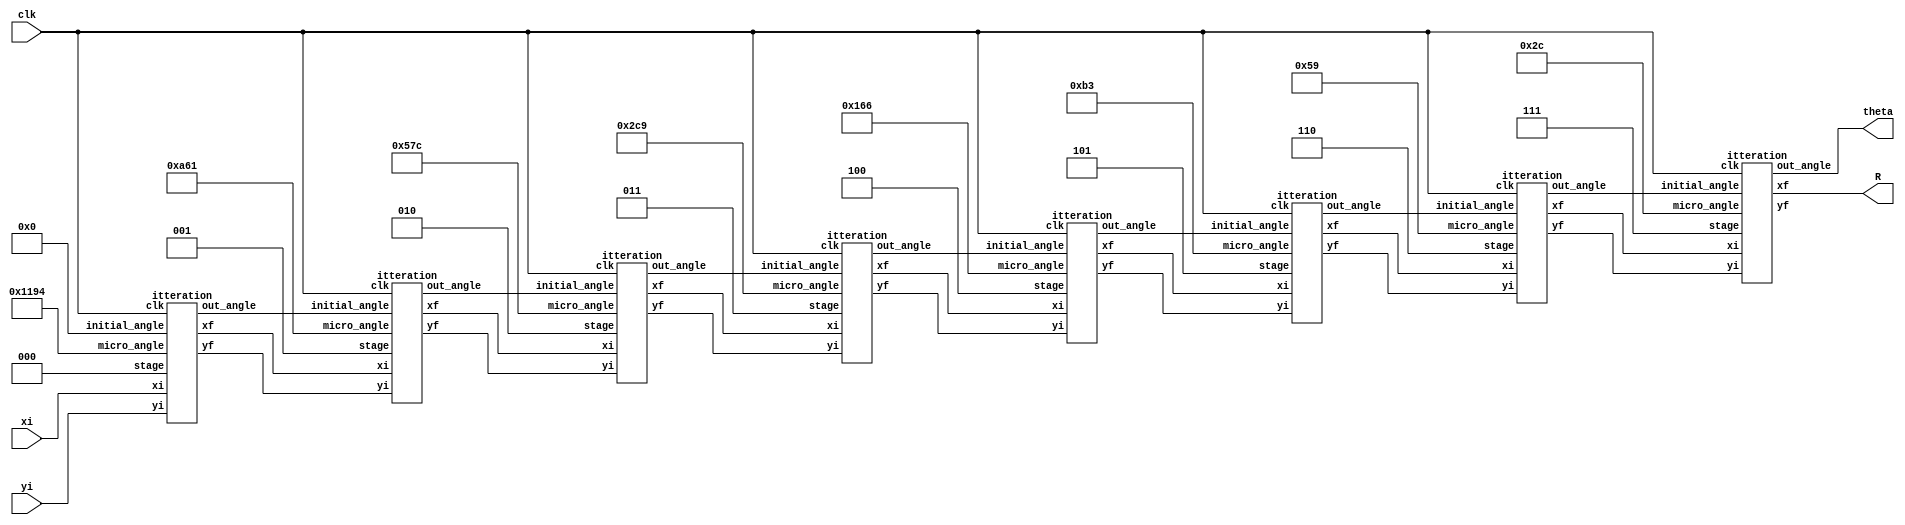

module VECTORING(clk,xi,yi,theta,R);
 input clk;
 input [15:0]xi,yi;
 output [15:0] R,theta;  
 reg[2:0]stage;
 wire [15:0]x1,x2,x3,x4,x5,x6,x7,x8,y1,y2,y3,y4,y5,y6,y7,y8;
 wire [15:0]outangle0,outangle1,outangle2,outangle3,outangle4,outangle5,outangle6,outangle7;
 //stage 0
   itteration i0(clk,3'd0,xi,yi,16'd0,16'd45_00,x1,y1,outangle0);
 //stage 1
   itteration i1(clk,3'd1,x1,y1,outangle0,16'd26_57,x2,y2,outangle1); 
 //stage 2
   itteration i2(clk,3'd2,x2,y2,outangle1,16'd14_04,x3,y3,outangle2);
 //stage 3
   itteration i3(clk,3'd3,x3,y3,outangle2,16'd7_13,x4,y4,outangle3);
 //stage 4
   itteration i4(clk,3'd4,x4,y4,outangle3,16'd3_58,x5,y5,outangle4); 
 //stage 5
   itteration i5(clk,3'd5,x5,y5,outangle4,16'd1_79,x6,y6,outangle5); 
 //stage 6
   itteration i6(clk,3'd6,x6,y6,outangle5,16'd89,x7,y7,outangle6);
 //stage 7
   itteration i7(clk,3'd7,x7,y7,outangle6,16'd44,x8,y8,outangle7); 
   
    assign R = x8;
    assign theta = outangle7;
  // assign xf = (x8>>>1)+(x8>>>4)+(x8>>>5);
   //assign yf = (y8>>>1)+(y8>>>4)+(y8>>>5);    
 endmodule
  
module itteration(clk,stage,xi,yi,initial_angle,micro_angle,xf,yf,out_angle);
 input clk;
 input [2:0] stage;
  input [15:0]xi,yi,initial_angle,micro_angle;
  output reg [15:0] xf,yf,out_angle;
  
//assign micro_angle[7:0] ={16'd448,16'd895,16'd1790,16'd3580,16'd7130,16'd14040,16'd26570,16'd45000};
 
 always @(posedge clk)begin
  /* 
   if(yi==16'd0)begin    
     xf <= xi;
     yf <= 0;
     out_angle <= initial_angle;
     end
  */
   if (yi[15])begin 
    case({xi[15],yi[15]})
       2'b00 : begin                              //anticlockwise
          xf <= xi-(yi>>stage);
          yf <= yi + (xi>>stage);
        end
       2'b01 : begin
            xf <= xi + ((16'hffff-yi+1)>>stage);
            yf <= -(16'hffff-yi+1) + (xi>>stage);
        end 
       2'b10 : begin
          xf <= -((16'hffff-xi+1))-(yi>>stage);
          yf <= yi - ((16'hffff-xi+1)>>stage);
        end 
       2'b11 : begin
          xf <= -(16'hffff-xi+1)+((16'hffff-yi+1)>>stage);
          yf <= -(16'hffff-yi+1) - ((16'hffff-xi+1)>>stage);
        end
    endcase
         out_angle <= initial_angle-micro_angle;
   end

     else begin        //clockwise
    case({xi[15],yi[15]})
       2'b00 : begin
          xf <= xi+(yi>>stage);
            yf <= yi - (xi>>stage);
       end
       2'b01 : begin
          xf <= xi-((16'hffff-yi+1)>>stage);
          yf <= -(16'hffff-yi+1) - (xi>>stage);
       end 
      2'b10 : begin
          xf <= -(16'hffff-xi+1)+(yi>>stage);
          yf <= yi +((16'hffff-xi+1)>>stage);
       end
      2'b11 : begin 
          xf <= -(16'hffff-xi+1)-((16'hffff-yi+1)>>stage);
          yf <= -(16'hffff-yi+1) + ((16'hffff-xi+1)>>stage);
       end
    endcase
    out_angle <= micro_angle+initial_angle;
   end

   end
   endmodule